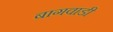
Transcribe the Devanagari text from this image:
बागवाडी